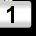
Digit: 1